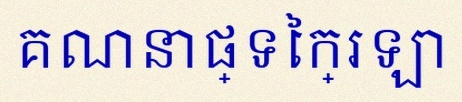
គណនាផ្ទៃក្រឡា